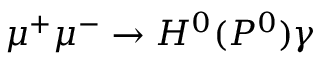
\mu ^ { + } \mu ^ { - } \rightarrow H ^ { 0 } ( P ^ { 0 } ) \gamma